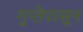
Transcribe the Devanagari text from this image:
गुप्तेंपासून